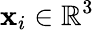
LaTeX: \mathbf{x}_{i}\in\mathbb{R}^{3}